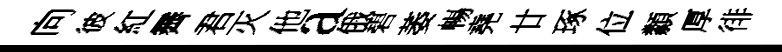
向彼紅霽君灭他a俄碧萎暢堯廿琢位纇厚徘